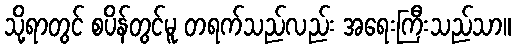
သို့ရာတွင် စပိန်တွင်မူ တရက်သည်လည်း အရေးကြီးသည်သာ။